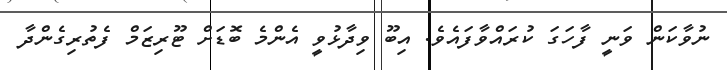
ނުވާކަން ވަނީ ފާހަގަ ކުރައްވާފައެވެ. އިބޫ ވިދާޅުވީ އެންމެ ބޮޑަށް ޓޫރިޒަމް ފެތުރިގެންދާ